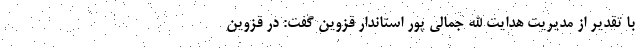
با تقدیر از مدیریت هدایت الله جمالی پور استاندار قزوین گفت: در قزوین